Manual of the Civil Veterinary Department, Central Provinces and Berar
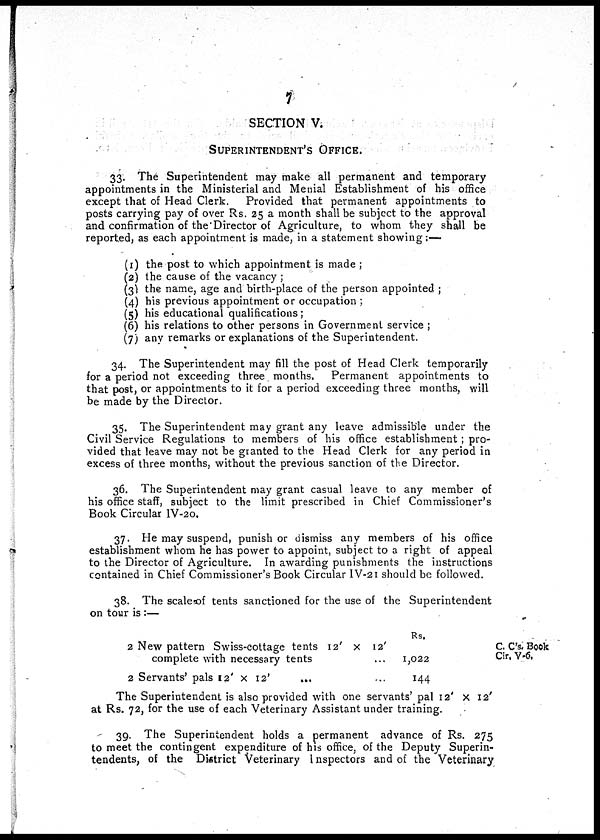
7
SECTION V.
SUPERINTENDENT'S OFFICE.
33. The Superintendent may make all permanent and temporary
appointments in the Ministerial and Menial Establishment of his office
except that of Head Clerk.
Provided that permanent appointments to
posts carrying pay of over Rs. 25 a month shall be subject to the approval
and confirmation of the Director of Agriculture, to whom they shall be
reported, as each appointment is made, in a statement showing:—
(1) the post to which appointment is made;
(2) the cause of the vacancy;
(3) the name, age and birth-place of the person appointed;
(4) his previous appointment or occupation;
(5) his educational qualifications;
(6) his relations to other persons in Government service;
(7) any remarks or explanations of the Superintendent.
34. The Superintendent may fill the post of Head Clerk temporarily
for a period not exceeding three months. Permanent appointments to
that post, or appointments to it for a period exceeding three months, will
be made by the Director.
35. The Superintendent may grant any leave admissible under the
Civil Service Regulations to members of his office establishment; pro-
vided that leave may not be granted to the Head Clerk for any period in
excess of three months, without the previous sanction of the Director.
36. The Superintendent may grant casual leave to any member of
his office staff, subject to the limit prescribed in Chief Commissioner's
Book Circular IV-20.
37. He may suspend, punish or dismiss any members of his office
establishment whom he has power to appoint, subject to a right of appeal
to the Director of Agriculture. In awarding punishments the instructions
contained in Chief Commissioner's Book Circular IV-21 should be followed.
38. The scale of tents sanctioned for the use of the Superintendent
on tour is:—
C. C's. Book
Cir. V-6,
2 New pattern Swiss-cottage tents 12' x 12'
complete with necessary tents ...
2 Servants' pals 12' x 12' ... ...
Rs.
1,022
144
The Superintendent is also provided with one servants' pal 12' x 12'
at Rs. 72, for the use of each Veterinary Assistant under training.
39. The Superintendent holds a permanent advance of Rs. 275
to meet the contingent expenditure of his office, of the Deputy Superin-
tendents, of the District Veterinary Inspectors and of the Veterinary